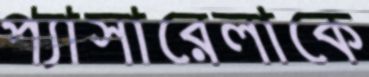
প্যাসারেলাকে